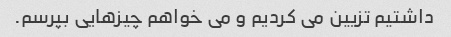
داشتیم تزیین می کردیم و می خواهم چیزهایی بپرسم.